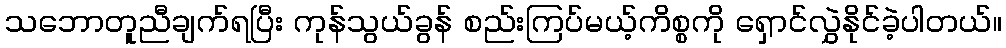
သဘောတူညီချက်ရပြီး ကုန်သွယ်ခွန် စည်းကြပ်မယ့်ကိစ္စကို ရှောင်လွှဲနိုင်ခဲ့ပါတယ်။